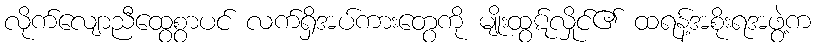
လိုက်လျောညီထွေစွာပင် လက်ရှိအပ်ကားတွေကို မျိုးထွဋ်လှိုင်၏ ထရန့်အစိုးရအဖွဲ့က